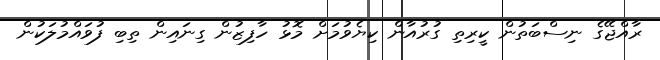
ރާއްޖޭގެ ނިސްބަތުން ކީރިތި ގުރުއާން ކިޔެވުމަށް މޮޅު ހާފިޒުން ގިނައިން ތިބި ފުވައްމުލަކުން